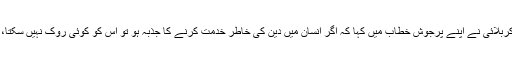
ممبر اسمبلی کرگل کشمیر علی اصغر کربلائی نے اپنے پرجوش خطاب میں کہا کہ اگر انسان میں دین کی خاطر خدمت کرنے کا جذبہ ہو تو اس کو کوئی روک نہیں سکتا، چاہے حالات کیسے بھی کیوں نہ ہوں۔